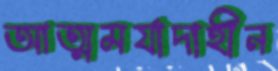
আত্মমর্যাদাহীন